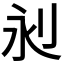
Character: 𣲈